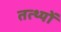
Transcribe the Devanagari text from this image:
तत्थ्यों